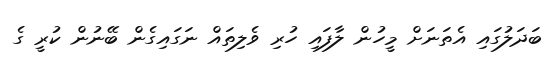
ބަދަލުގައި އެތަނަށް މީހުން ލާފައި ހުރި ވެލިތައް ނަގައިގެން ބޭނުން ކުރީ ގެ